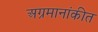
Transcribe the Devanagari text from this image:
अग्रमानांकीत